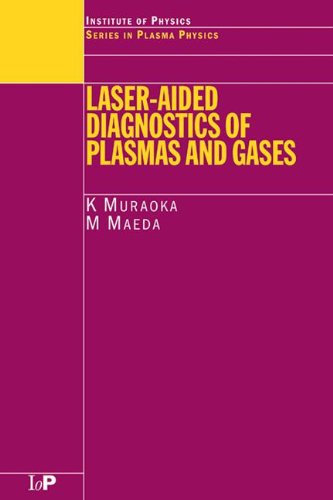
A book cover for Laser-Aided Diagnostics of Plasmas and Gases (Series in Plasma Physics and Fluid Dynamics); K Muraoka; Science & Math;